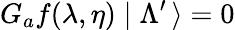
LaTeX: G_{a}f(\lambda,\eta)\mid\Lambda^{\prime}\, \rangle=0